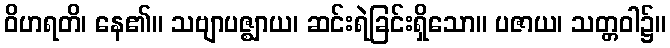
ဝိဟရတိ၊ နေ၏။ သဗျာပဇ္ဈာယ၊ ဆင်းရဲခြင်းရှိသော။ ပဇာယ၊ သတ္တဝါ၌။